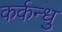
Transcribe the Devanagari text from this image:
कर्कन्धु